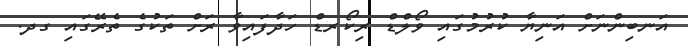
އަނބިންނަށް އަނިޔާ ކުރުމުގައި ވޯލްޑް ރިކޯރޑް ހަދާފައިވާ ރަށް ތަކުގެ ތެރޭގައި ގދ.